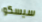
سيسكو